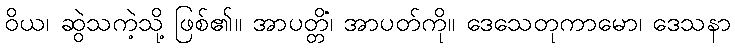
ဝိယ၊ ဆွဲသကဲ့သို့ ဖြစ်၏။ အာပတ္တိံ၊ အာပတ်ကို။ ဒေသေတုကာမော၊ ဒေသနာ